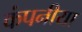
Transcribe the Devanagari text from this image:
कंपनीया